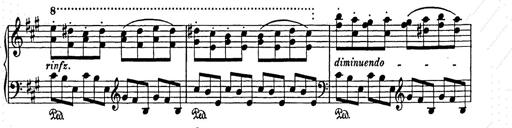
Title: Weihnachtsbaum
Composer: Franz Liszt